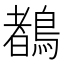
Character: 𪃙